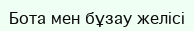
Бота мен бұзау желісі